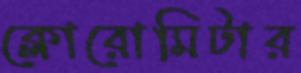
ক্লোরোমিটার